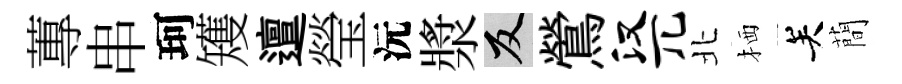
蓴串珂矱邅瑩沅漿反鶯汉兀北栖关蕳